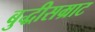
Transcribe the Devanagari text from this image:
बुद्धीसम्राट